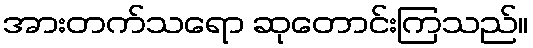
အားတက်သရော ဆုတောင်းကြသည်။